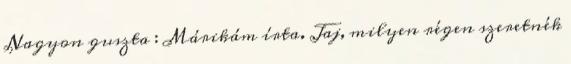
Nagyon guszta : Márikám írta. Jaj, milyen régen szeretnék